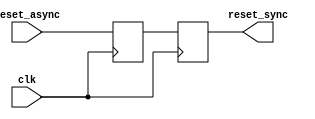
module async_reset_synchronizer (
    input wire reset_async,  // Asynchronous reset input
    input wire clk,          // Clock input
    output reg reset_sync    // Synchronized reset output
);

    // Internal signals for double-register synchronization
    reg reset_sync_1; // First stage of synchronization

    // Always block to handle the synchronous reset logic
    always @(posedge clk) begin
        reset_sync_1 <= reset_async; // Sample the asynchronous reset
        reset_sync <= reset_sync_1;   // Pass through the second flip-flop
    end

endmodule